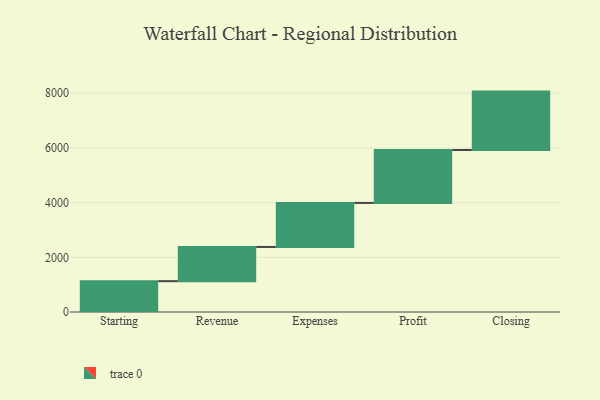
{"axis": {"x": "Step", "y": "Value"}, "legend": [""], "data": [{"x": "Starting", "y": 1128.0, "type": ""}, {"x": "Revenue", "y": 1251.0, "type": ""}, {"x": "Expenses", "y": 1611.0, "type": ""}, {"x": "Profit", "y": 1936.0, "type": ""}, {"x": "Closing", "y": 2136.0, "type": ""}]}